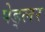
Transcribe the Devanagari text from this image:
पेड्लर